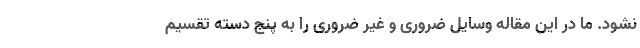
نشود. ما در این مقاله وسایل ضروری و غیر ضروری را به پنج دسته تقسیم